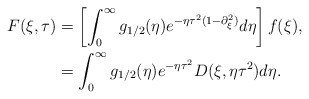
\begin{align*} F(\xi,\tau) &=\left[ \int_{0}^{\infty} g_{1/2}(\eta)e^{-\eta\tau^{2}(1-\partial_{\xi}^{2})}d\eta\right] f(\xi), \\& = \int_{0}^{\infty} g_{1/2}(\eta)e^{-\eta\tau^{2}} D(\xi, \eta\tau^{2}) d\eta. \end{align*}